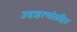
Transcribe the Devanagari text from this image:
उदाहरणांसहित